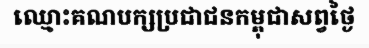
ឈ្មោះគណបក្សប្រជាជនកម្ពុជាសព្វថ្ងៃ